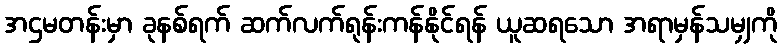
အဌမတန်းမှာ ခုနစ်ရက် ဆက်လက်ရုန်းကန်နိုင်ရန် ယူဆရသော အရာမှန်သမျှကို